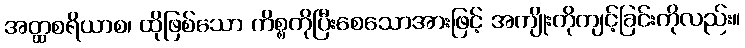
အတ္ထစရိယာစ၊ ထိုဖြစ်သော ကိစ္စကိုပြီးစေသောအားဖြင့် အကျိုးကိုကျင့်ခြင်းကိုလည်း။